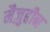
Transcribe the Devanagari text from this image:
मैज़ुद्दीन